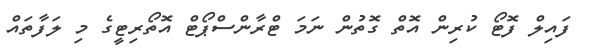
ފައިލް ފޮޓޯ ކުރިން އޮތް ގޮތުން ނަމަ ޓްރާންސްޕޯޓް އޮތޯރިޓީގެ މި ލަފާތައް